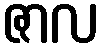
ဇာလ